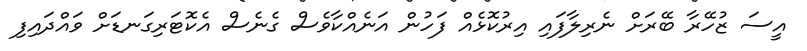
އީސަ ޒުހޭރާ ބޭރަށް ނެރިލާފައި އިރުކޮޅެއް ފަހުން އަނެއްކާވެސް ގެނެސް އެކޮޓަރިގަނޑަށް ވައްދައިފި